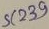
Text: 239